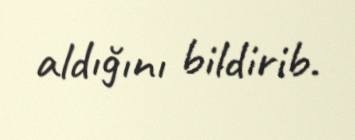
aldığını bildirib.